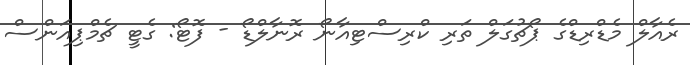
ރެއާލް މެޑްރިޑްގެ ޕޯޗުގަލް ތަރި ކްރިސްޓިއާނޯ ރޮނާލްޑޯ - ފޮޓޯ: ގެޓީ ޗެމްޕިއަންސް